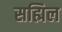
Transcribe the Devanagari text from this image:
सह्मिल